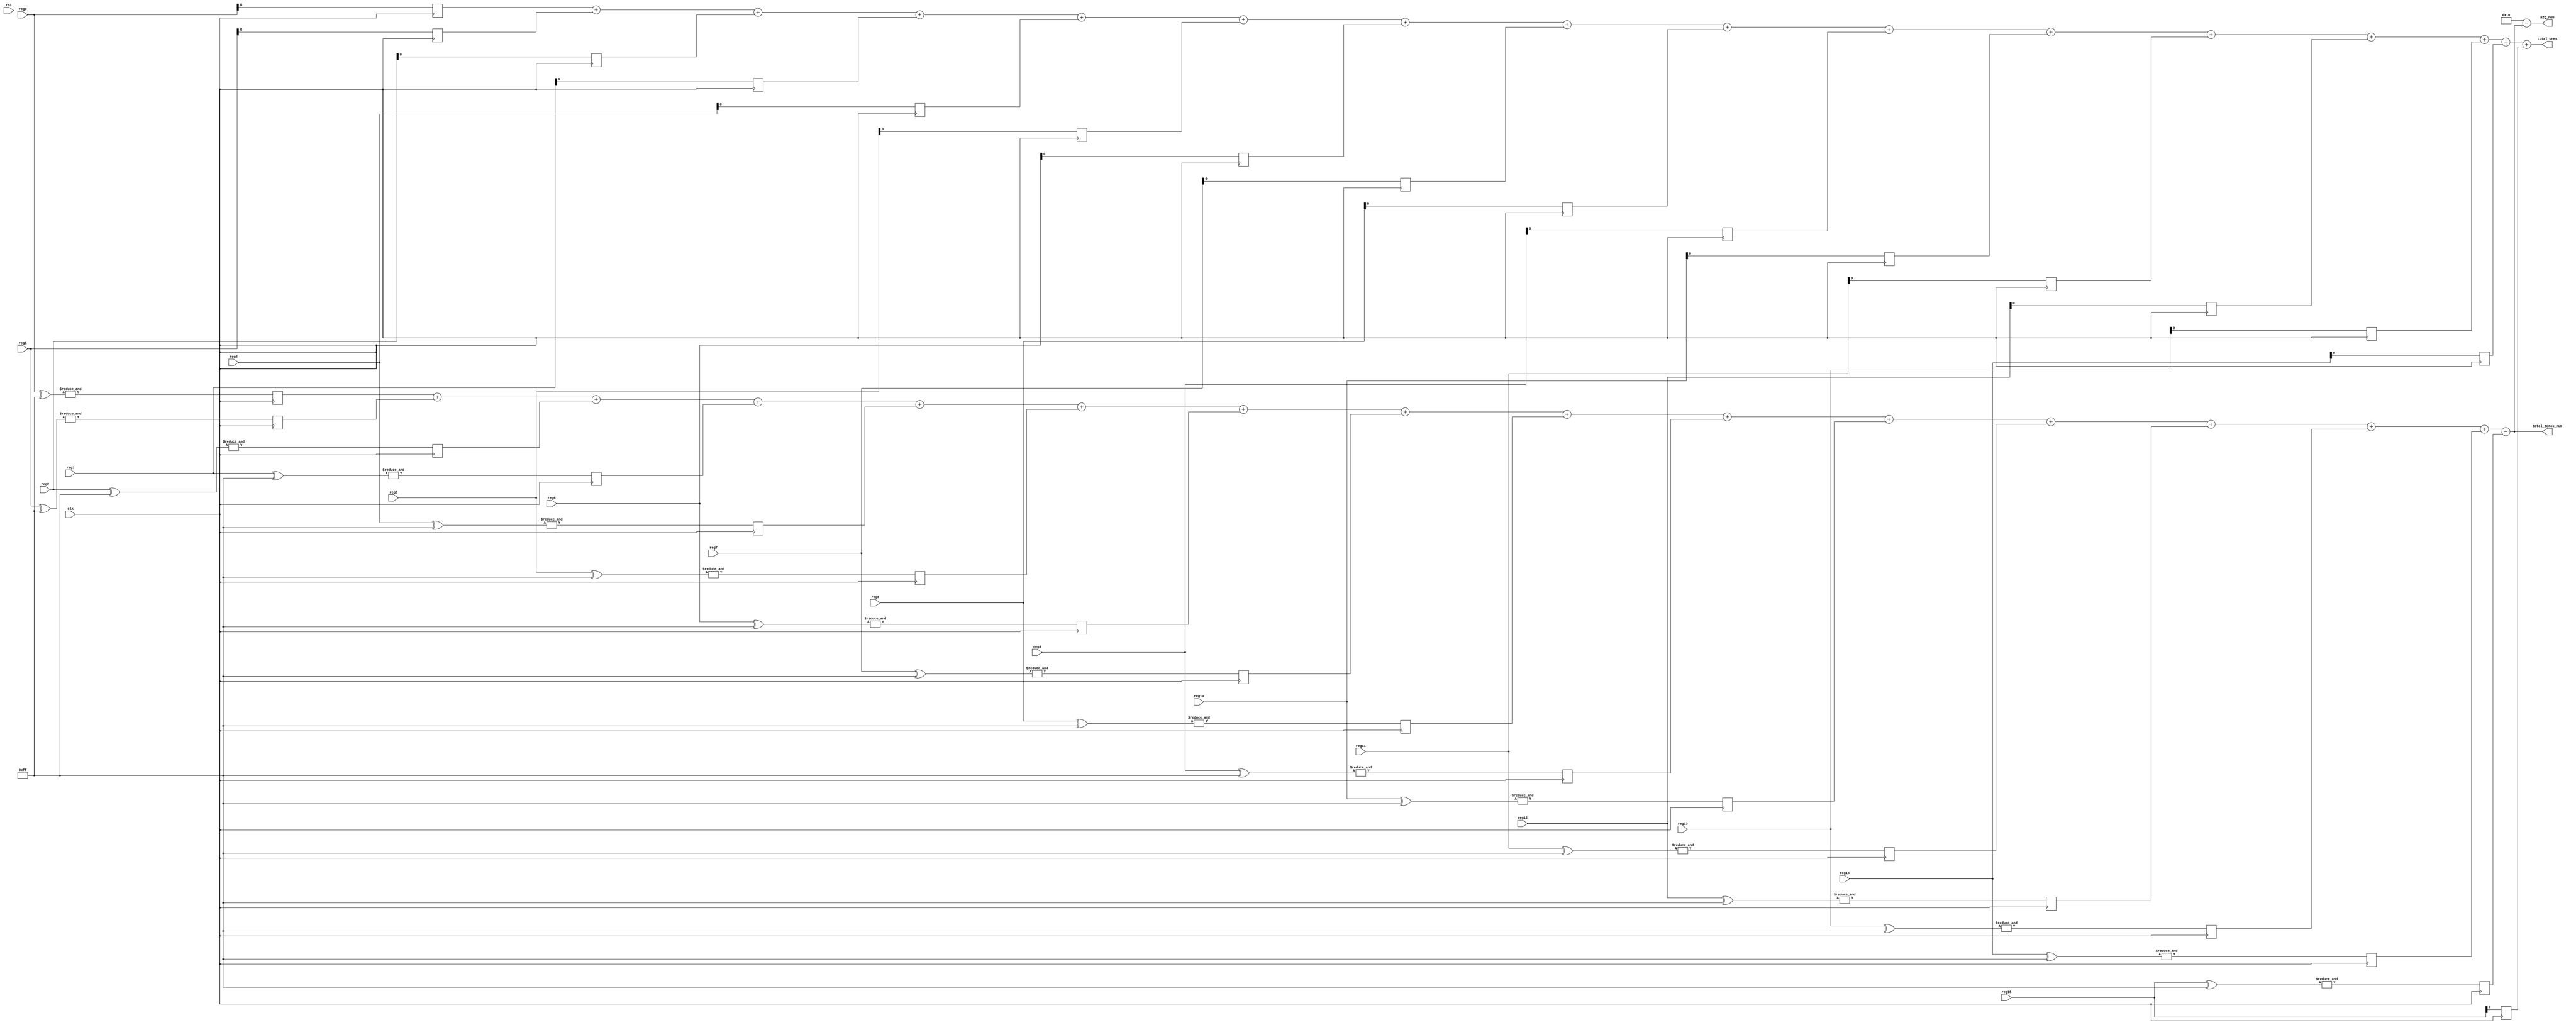
// This program was cloned from: https://github.com/Anas-Salah/MATLAB-Modeling-and-FPGA-Implementation-of-CAVLC-Entropy-Encoding-in-H.264-Video-Processing-Standard
// License: MIT License

`timescale 1ns / 1ps
//////////////////////////////////////////////////////////////////////////////////
// Company: 
// Engineer: 
// 
// Design Name: 
// Module Name: Initial_CAVLC
// Project Name: 
// Target Devices: 
// Tool Versions: 
// Description: 
// 
// Dependencies: 
// 
// Revision:
// Revision 0.01 - File Created
// Additional Comments:
// 
//////////////////////////////////////////////////////////////////////////////////




module Pre_Processing_Step #(parameter WIDTH = 8)(
    input wire clk,
    input wire rst,
    input wire [WIDTH-1:0] reg0,
    input wire [WIDTH-1:0] reg1,
    input wire [WIDTH-1:0] reg2,
    input wire [WIDTH-1:0] reg3,
    input wire [WIDTH-1:0] reg4,
    input wire [WIDTH-1:0] reg5,
    input wire [WIDTH-1:0] reg6,
    input wire [WIDTH-1:0] reg7,
    input wire [WIDTH-1:0] reg8,
    input wire [WIDTH-1:0] reg9,
    input wire [WIDTH-1:0] reg10,
    input wire [WIDTH-1:0] reg11,
    input wire [WIDTH-1:0] reg12,
    input wire [WIDTH-1:0] reg13,
    input wire [WIDTH-1:0] reg14,
    input wire [WIDTH-1:0] reg15,

    output [4:0] NZQ_num,
    output [3:0] total_zeros_num,
    output reg [3:0] total_ones
    
);
reg  reg0_out, reg1_out, reg2_out, reg3_out,
                    reg4_out, reg5_out, reg6_out, reg7_out,
                    reg8_out, reg9_out, reg10_out, reg11_out,
                    reg12_out, reg13_out, reg14_out, reg15_out;

reg  reg0_out0, reg1_out1, reg2_out2, reg3_out3,
                    reg4_out4, reg5_out5, reg6_out6, reg7_out7,
                    reg8_out8, reg9_out9, reg10_out10, reg11_out11,
                    reg12_out12, reg13_out13, reg14_out14, reg15_out15;

reg [3:0]sum;
    // Counting logic for reg10
    always @ (posedge clk ) begin
        
        reg0_out = &(reg0 ^ 8'b11111111);
        reg1_out = &(reg1 ^ 8'b11111111);
        reg2_out = &(reg2 ^ 8'b11111111);
        reg3_out = &(reg3 ^ 8'b11111111);
        reg4_out = &(reg4 ^ 8'b11111111);
        reg5_out = &(reg5 ^ 8'b11111111);
        reg6_out = &(reg6 ^ 8'b11111111);
        reg7_out = &(reg7 ^ 8'b11111111);
        reg8_out = &(reg8 ^ 8'b11111111);
        reg9_out = &(reg9 ^ 8'b11111111);
        reg10_out = &(reg10 ^ 8'b11111111);
        reg11_out = &(reg11 ^ 8'b11111111);
        reg12_out = &(reg12 ^ 8'b11111111);
        reg13_out = &(reg13 ^ 8'b11111111);
        reg14_out = &(reg14 ^ 8'b11111111);
        reg15_out = &(reg15 ^ 8'b11111111);

    end

    // Counting logic for reg10
    always @ (posedge clk ) begin
        
        reg0_out0 = (reg0 & 8'b00000001);
        reg1_out1 = (reg1 & 8'b00000001);
        reg2_out2 = (reg2 & 8'b00000001);
        reg3_out3 = (reg3 & 8'b00000001);
        reg4_out4 = (reg4 & 8'b00000001);
        reg5_out5 = (reg5 & 8'b00000001);
        reg6_out6 = (reg6 & 8'b00000001);
        reg7_out7 = (reg7 & 8'b00000001);
        reg8_out8 = (reg8 & 8'b00000001);
        reg9_out9 = (reg9 & 8'b00000001);
        reg10_out10 = (reg10 & 8'b00000001);    
        reg11_out11 = (reg11 & 8'b00000001);
        reg12_out12 = (reg12 & 8'b00000001);
        reg13_out13 = (reg13 & 8'b00000001);   
	reg14_out14 = (reg14 & 8'b00000001);
	reg15_out15 = (reg15 & 8'b00000001);   
    end




always@*
begin
sum = reg0_out+ reg1_out+ reg2_out+ reg3_out+ reg4_out+ reg5_out+ reg6_out+ reg7_out+
                    reg8_out+ reg9_out+ reg10_out +reg11_out+
                    reg12_out+ reg13_out+ reg14_out+ reg15_out;
end


always@*
begin
total_ones = reg0_out0+ reg1_out1+ reg2_out2+ reg3_out3+ reg4_out4+ reg5_out5+ reg6_out6+ reg7_out7+
                    reg8_out8+ reg9_out9+ reg10_out10 +reg11_out11 +
                    reg12_out12+ reg13_out13+ reg14_out14+ reg15_out15;
end


    assign NZQ_num = 5'b10000-sum;
    assign total_zeros_num = sum;
endmodule